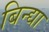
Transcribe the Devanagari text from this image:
बिन्द्या